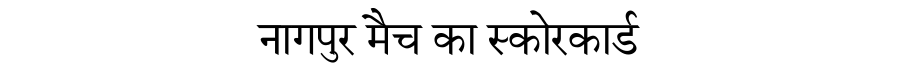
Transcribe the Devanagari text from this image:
नागपुर मैच का स्कोरकार्ड